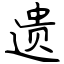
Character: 遗